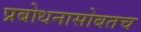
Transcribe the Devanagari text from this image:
प्रबोधनासोबतच